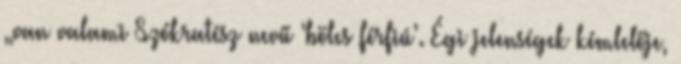
„van valami Szókratész nevű ‘bölcs férfiú’. Égi jelenségek kémlelője,